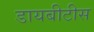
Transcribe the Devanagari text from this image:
डायबीटीस